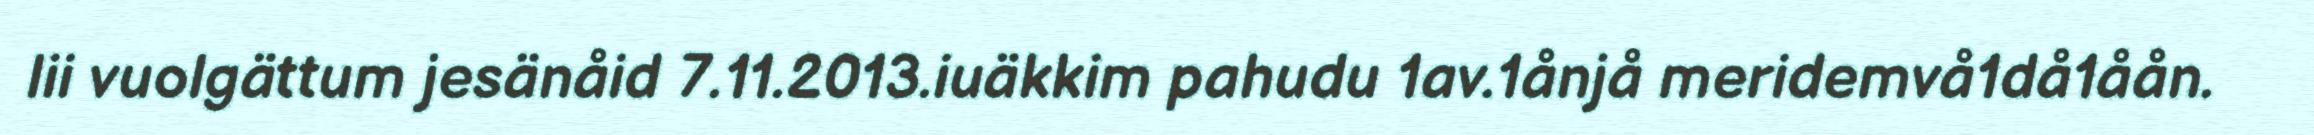
lii vuolgättum jesänåid 7.11.2013.iuäkkim pahudu 1av.1ånjå meridemvå1då1åån.